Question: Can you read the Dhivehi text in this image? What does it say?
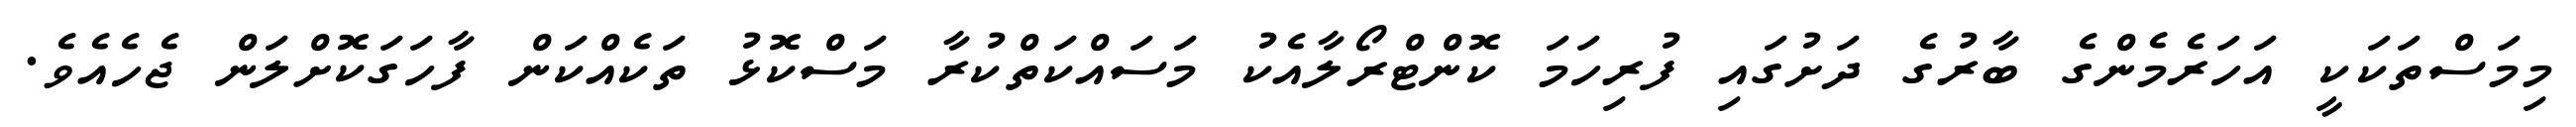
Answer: މިމަސްތަކަކީ އަހަރެމެންގެ ބާރުގެ ދަށުގައި ފުރިހަމަ ކޮންޓްރޯލާއެކު މަސައްކަތްކުރާ މަސްކޮޅު ތަކެއްކަން ފާހަގަކޮށްލަން ޖެހެއެވެ.